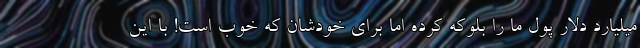
میلیارد دلار پول ما را بلوکه کرده اما برای خودشان که خوب است! با این